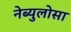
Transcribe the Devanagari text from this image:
नेब्युलोसा